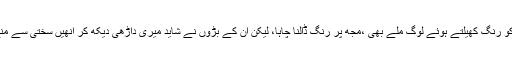
مجھ کو رنگ کھیلتے ہوئے لوگ ملے بھی ،مجھ پر رنگ ڈالنا چاہا، لیکن ان کے بڑوں نے شاید میری داڑھی دیکھ کر انھیں سختی سے منع کیا۔